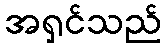
အရှင်သည်